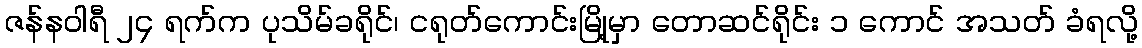
ဇန်နဝါရီ ၂၄ ရက်က ပုသိမ်ခရိုင်၊ ငရုတ်ကောင်းမြို့မှာ တောဆင်ရိုင်း ၁ ကောင် အသတ် ခံရလို့